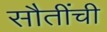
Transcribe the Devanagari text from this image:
सौतींची